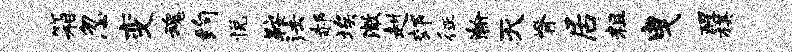
箱忽变魂约悦鞍法郝埃澈赳郊征瀚灭脊居粗曳醒棋